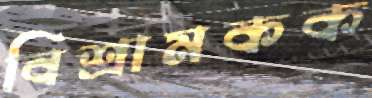
বিশ্রামকক